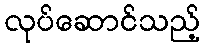
လုပ်ဆောင်သည့်